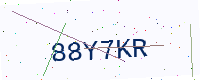
Text: 88Y7KR